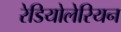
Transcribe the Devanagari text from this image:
रेडियोलेरियन